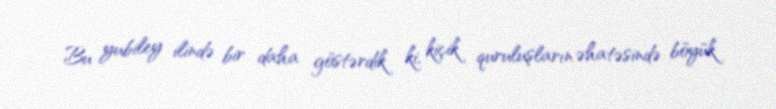
Bu yubiley ilində bir daha göstərdik ki, kiçik quruluşların əhatəsində böyük